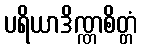
ပရိယာဒိဏ္ဏစိတ္တံ